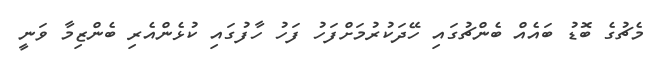
މެޗުގެ ބޮޑު ބައެއް ބެންޗުގައި ހޭދަކުރުމަށްފަހު ފަހު ހާފުގައި ކުޅެންއެރި ބެންޒިމާ ވަނީ